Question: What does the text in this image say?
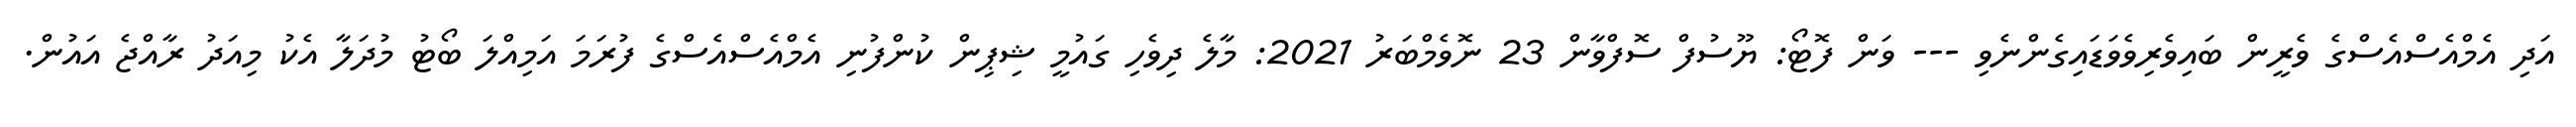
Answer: އަދި އެމްއެސްއެސްގެ ވެރީން ބައިވެރިވެވަޑައިގެންނެވި --- ވަން ފޮޓޯ: ޔޫސުފް ސޮފްވާން 23 ނޮވެމްބަރު 2021: މާލެ ދިވެހި ގައުމީ ޝިޕިން ކުންފުނި އެމްއެސްއެސްގެ ފުރަމަ އަމިއްލަ ބޯޓު މުދަލާ އެކު މިއަދު ރާއްޖެ އައުން.